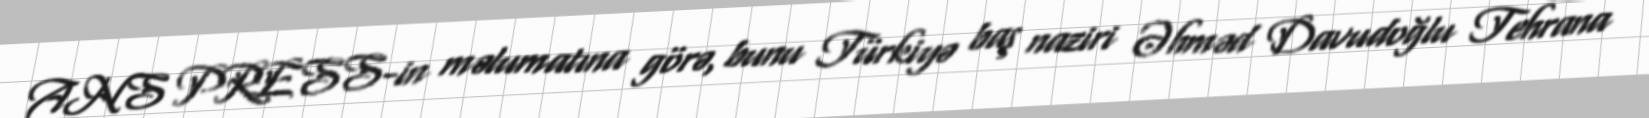
ANS PRESS-in məlumatına görə, bunu Türkiyə baş naziri Əhməd Davudoğlu Tehrana